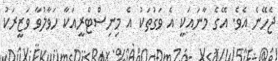
ޖެހޭނެ އެވެ. އޭގެ މާނައަކީ އެ ވަގުތަކު އެ މިނިސްޓްރީއަކާ ހަވާލުވާ ވަޒީރަކު